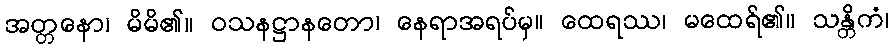
အတ္တနော၊ မိမိ၏။ ဝသနဋ္ဌာနတော၊ နေရာအရပ်မှ။ ထေရဿ၊ မထေရ်၏။ သန္တိကံ၊